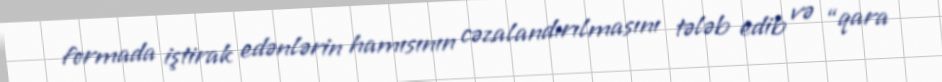
formada iştirak edənlərin hamısının cəzalandırılmasını tələb edib və “qara